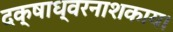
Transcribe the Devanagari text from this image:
दक्षाध्वरनाशकाय।